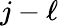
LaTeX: j-\ell